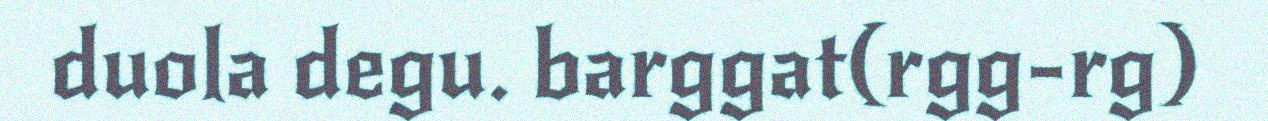
duola degu. barggat(rgg-rg)